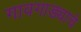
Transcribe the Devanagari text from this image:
गावगाड्याचे